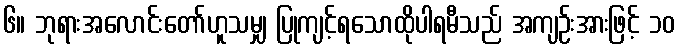
၆။ ဘုရားအလောင်းတော်ဟူသမျှ ပြုကျင့်ရသောထိုပါရမီသည် အကျဉ်းအားဖြင့် ၁၀